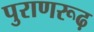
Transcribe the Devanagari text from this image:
पुराणरूढ़